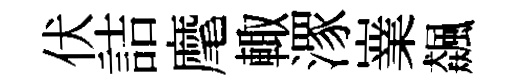
伏詰麾輙潈嶪飆